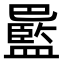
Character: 𫶻